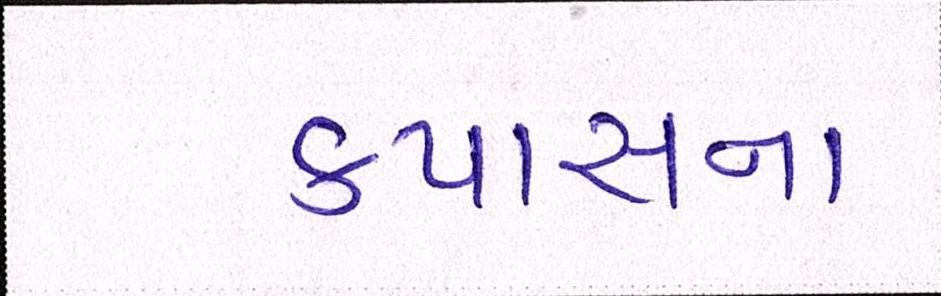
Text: કપાસના